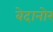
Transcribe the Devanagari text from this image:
बेदानोर